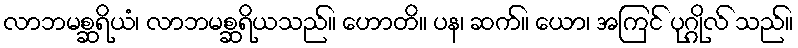
လာဘမစ္ဆရိယံ၊ လာဘမစ္ဆရိယသည်။ ဟောတိ။ ပန၊ ဆက်။ ယော၊ အကြင် ပုဂ္ဂိုလ် သည်။